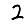
Digit: 2